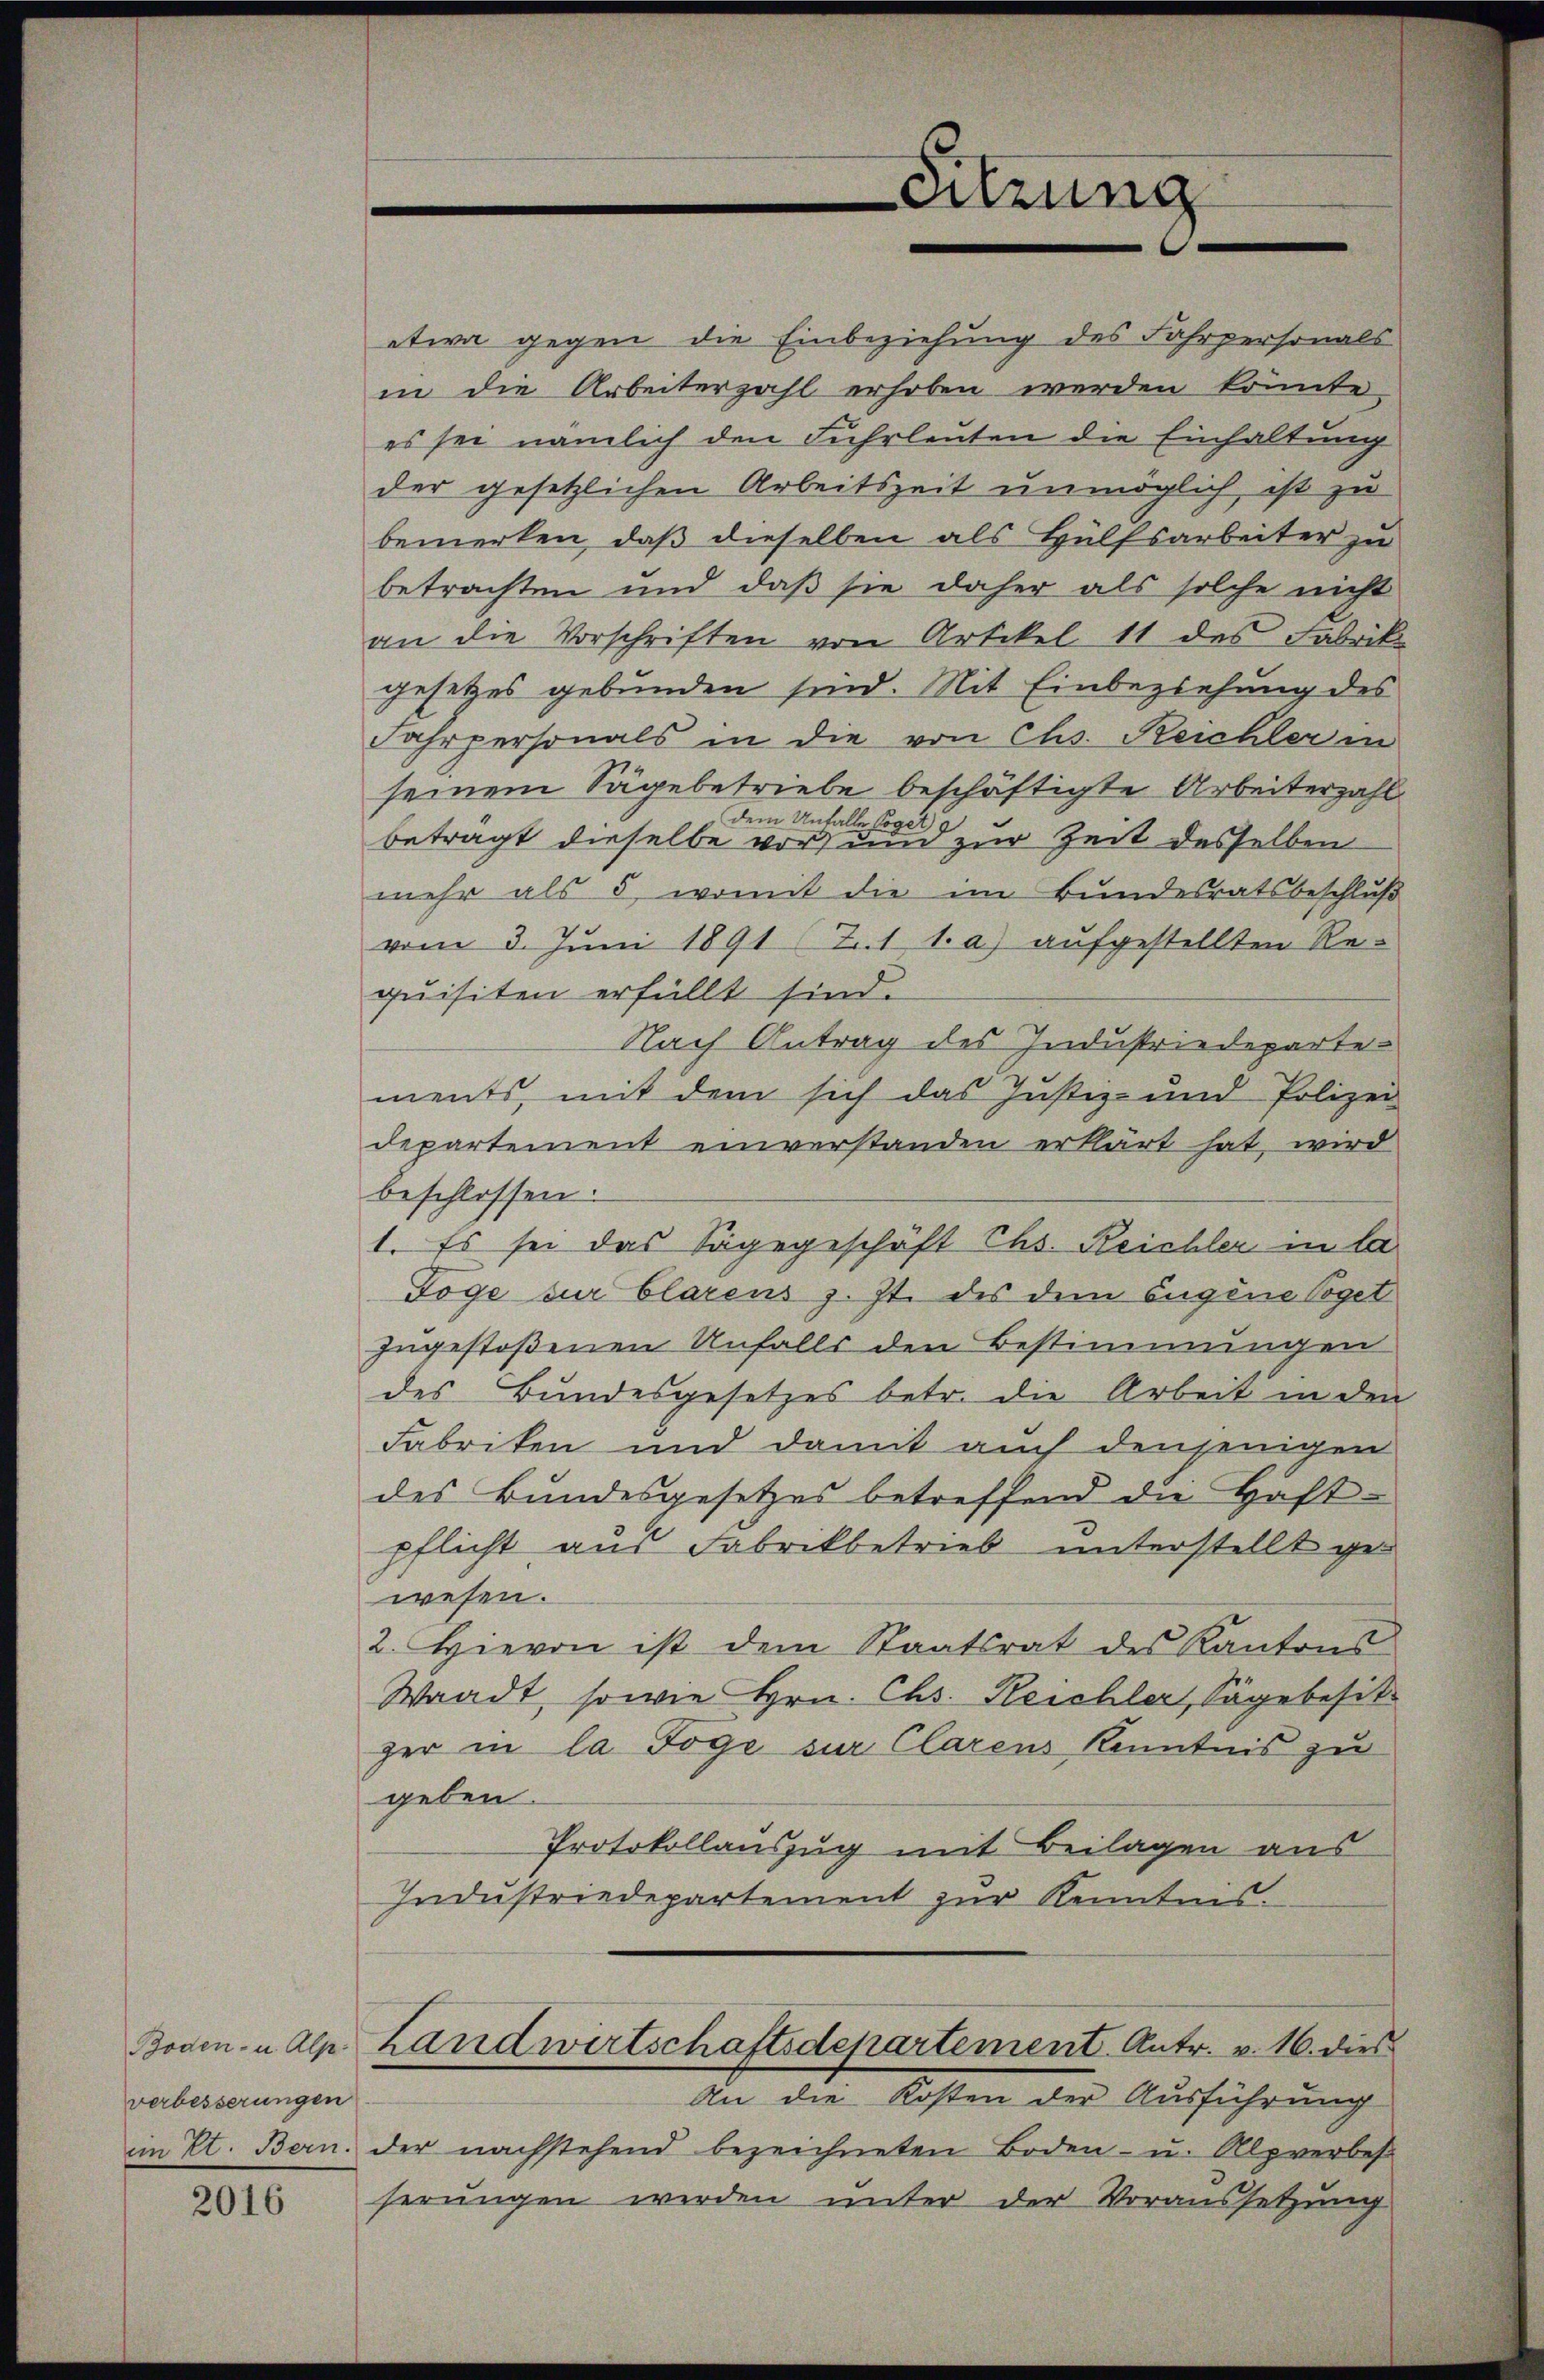
Boden- u. Alp
verbesserungen
im Kt. Bern.

2016

Sitzung

bemerken, daß dieselben als Hülfsarbeiter zu
betrachten und daß sie daher als solche nicht
an die Vorschriften von Artikel 11 des Fabrik
gesetzes gebunden sind. Mit Einbeziehung des
Fahrpersonals in die von Chs. Reichler in
seinem Sägebetriebe beschäftigte Arbeiterzahl
dem Unfalle Coger
.
betragt dieselbe vor, um zur Zeit desselben
mehr als 5, womit die im Bundesratsbeschluß
vom 3. Juni 1891 (71 1 a) aufgestellten Requisiten erfüllt sind.
Nach Antrag des Industriedeparte
ments, mit dem sich das Justiz- und Polizei
departement einverstanden erklärt hat, wird
beschlossen:
1. Es sei das Sagegeschäft Ths. Reichler in la
Föge der Clarens z. Zt. des dem Eugene Voget
zngestoßenen Unfalls den Bestimmungen
des Bundesgesetzes betr. die Arbeit in den
Fabriken und damit auch denjenigen
des Bundesgesetzes betreffend die Haft-
pflicht aus Fabrikbetrieb unterstellt gewesen.
2. Hievon ist dem Staatsrat des Kantons
Waadt, sowie Hrn. Chs. Reichler, Sägebesit
ger in la Föge sur Clarens Kenntnis zu
geben.
Protokollauszug mit Beilagen aus
Industriedepartement zur Kenntnis.
Landwirtschaftsdepartement Antr. v. 16. dies
An die Kosten der Ausführung
der nachstehend bezeichneten Boden- u. Alpverbes
serungen werden unter der Voraussetzung

etwa gegen die Einbeziehung des Fahrpersonals
in die Arbeiterzahl erhoben werden könnte,
es sei nämlich den Fuhrleuten die Einhaltung
der gesetzlichen Arbeitszeit unmöglich ist zu